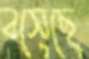
বসেছে